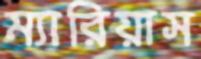
ম্যারিয়াস